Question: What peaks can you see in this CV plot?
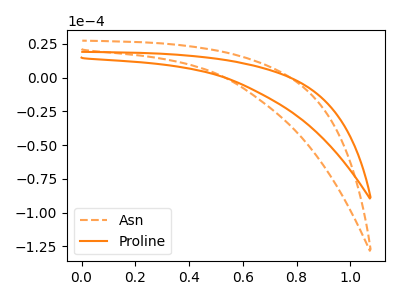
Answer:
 <answer>The orange dashed curve "Asn" has no peaks. The orange curve "Proline" has no peaks.</answer>
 <eval></eval>